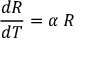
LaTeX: { \frac { d R } { d T } } = \alpha \, R